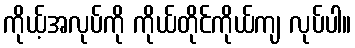
ကိုယ့်အလုပ်ကို ကိုယ်တိုင်ကိုယ်ကျ လုပ်ပါ။